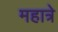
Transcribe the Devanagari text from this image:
महात्रे